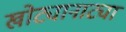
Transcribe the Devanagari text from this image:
खोट्यानाट्या